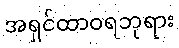
အရှင်ထာဝရဘုရား